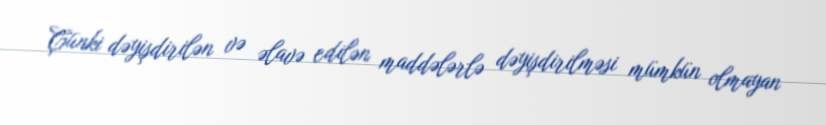
Çünki dəyişdirilən və əlavə edilən maddələrlə dəyişdirilməsi mümkün olmayan